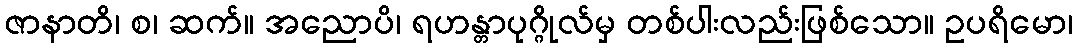
ဇာနာတိ၊ စ၊ ဆက်။ အညောပိ၊ ရဟန္တာပုဂ္ဂိုလ်မှ တစ်ပါးလည်းဖြစ်သော။ ဥပရိမော၊